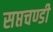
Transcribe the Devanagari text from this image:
सप्तचण्डी